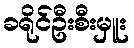
ခရိုင်ဦးစီးမှူး